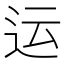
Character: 运